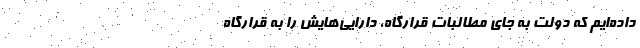
داده‌ایم که دولت به جای مطالبات قرارگاه، دارایی‌هایش را به قرارگاه